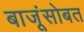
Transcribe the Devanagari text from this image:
बाजूंसोबत